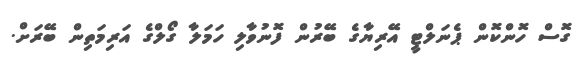
ގޮސް ހޮންކޮން ޕެނަލްޓީ އޭރިޔާގެ ބޭރުން ފޮނުވާލި ހަމަލާ ގޯލްގެ އަރިމަތިން ބޭރަށް.